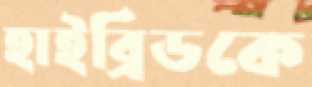
হাইব্রিডকে